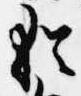
猶